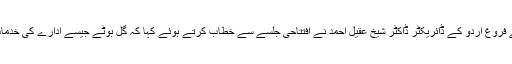
قومی کونسل برائے فروغ اردو کے ڈائریکٹر ڈاکٹر شیخ عقیل احمد نے افتتاحی جلسے سے خطاب کرتے ہوئے کہا کہ گل بوٹے جیسے ادارے کی خدمات قابل ستائش ہیں ۔